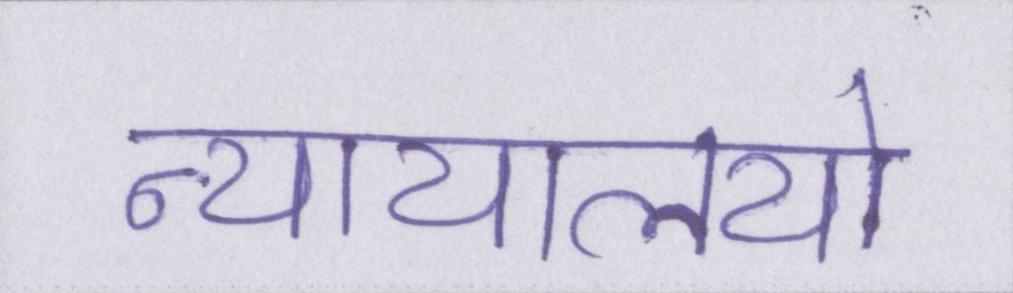
न्यायालयो